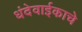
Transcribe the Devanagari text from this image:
धंदेवाईकाचे